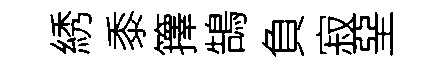
綉黍籜鵠負寂堊